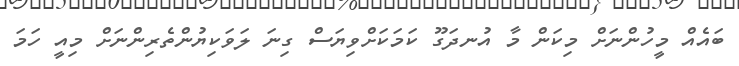
ބައެއް މީހުންނަށް މިކަން މާ އުނދަގޫ ކަމަކަށްވިޔަސް ގިނަ ލަވަކިޔުންތެރިންނަށް މިއީ ހަމަ